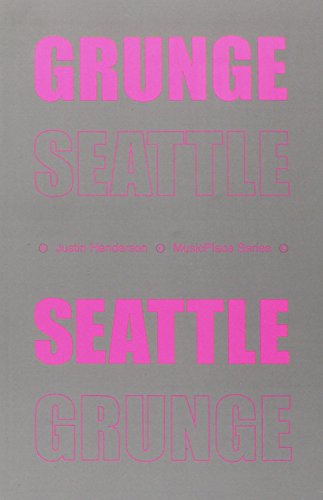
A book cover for Grunge Seattle (MusicPlace); Justin Henderson; Travel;